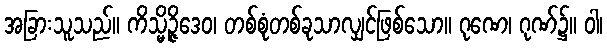
အခြားသူသည်။ ကိသ္မိဉ္ဇိဒေဝ၊ တစ်စုံတစ်ခုသာလျှင်ဖြစ်သော။ ဂုဏေ၊ ဂုဏ်၌။ ဝါ၊